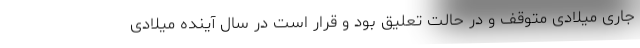
جاری میلادی متوقف و در حالت تعلیق بود و قرار است در سال آینده میلادی